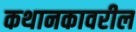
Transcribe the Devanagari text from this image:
कथानकावरील